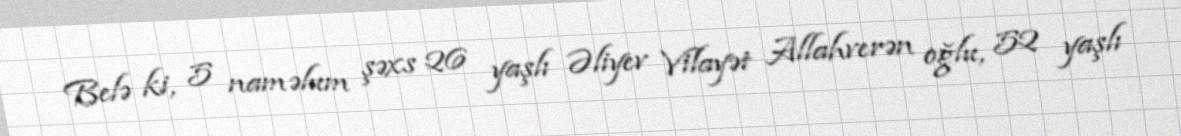
Belə ki, 5 naməlum şəxs 26 yaşlı Əliyev Vilayət Allahverən oğlu, 52 yaşlı